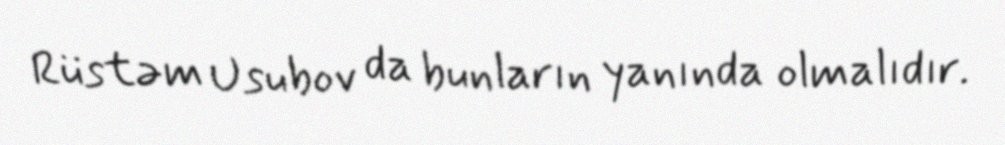
Rüstəm Usubov da bunların yanında olmalıdır.